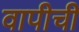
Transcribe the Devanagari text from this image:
वापीची